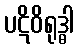
ပဋိဝိရုဒ္ဓါ